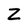
Character: Z